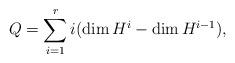
LaTeX: \begin{align*}Q=\sum\limits_{i=1}^r i(\dim H^i-\dim H^{i-1}),\end{align*}